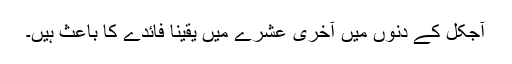
آجکل کے دنوں میں آخری عشرے میں یقیناً فائدے کا باعث ہیں۔